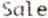
SALE